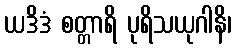
ယဒိဒံ စတ္တာရိ ပုရိသယုဂါနိ၊